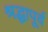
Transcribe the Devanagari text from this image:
श्रद्धापूर्व